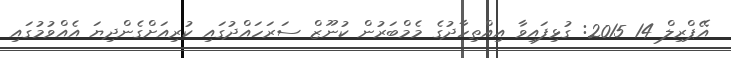
އޭޕްރިލް 14 2015: ގުޅިފައިވާ އިއްތިހާދުގެ މެމްބަރުން ކުނޫޒް ސަރަހައްދުުގައި ކުރިއަށްގެންދިޔަ އެއްވުމުގައި